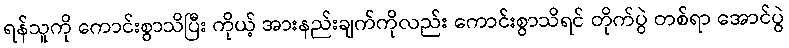
ရန်သူကို ကောင်းစွာသိပြီး ကိုယ့် အားနည်းချက်ကိုလည်း ကောင်းစွာသိရင် တိုက်ပွဲ တစ်ရာ အောင်ပွဲ